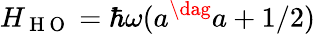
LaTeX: H_{\mathrm{~H~O~}}=\hbar\omega(a^{\dag}a+1/2)